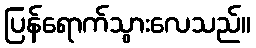
ပြန်ရောက်သွားလေသည်။